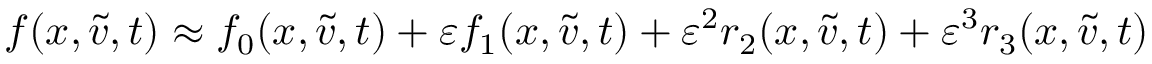
f ( x , \tilde { v } , t ) \approx f _ { 0 } ( x , \tilde { v } , t ) + \varepsilon f _ { 1 } ( x , \tilde { v } , t ) + \varepsilon ^ { 2 } r _ { 2 } ( x , \tilde { v } , t ) + \varepsilon ^ { 3 } r _ { 3 } ( x , \tilde { v } , t )